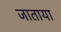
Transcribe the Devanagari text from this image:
जाताया